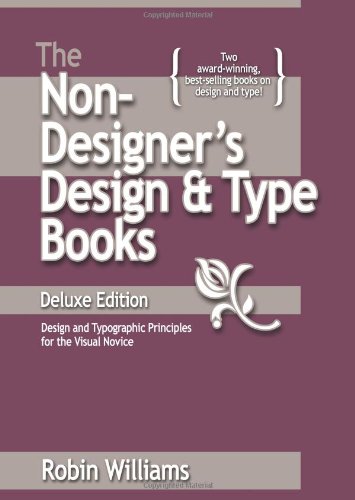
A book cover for The Non-Designer's Design and Type Books, Deluxe Edition; Robin Williams; Computers & Technology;